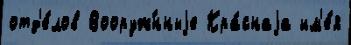
отд'е́лов Вооруж́нныjе Кра́снаjа им'е́я